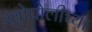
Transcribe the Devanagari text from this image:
खोपोलीच्या